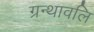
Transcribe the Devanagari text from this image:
ग्रन्थावलि